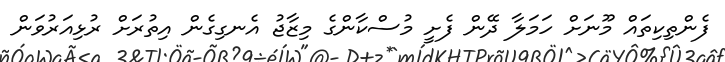
ފެންތިކިތައް މޫނަށް ހަމަލާ ދޭން ފެށީ މުސްކާންގެ މިޒާޖު އެނގިގެން އިތުރަށް ރުޅިއަރުވަން